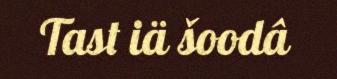
Tast iä šoodâ